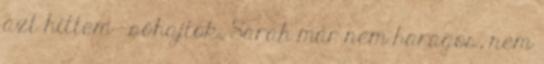
azt hittem – sóhajtok. Sarah már nem haragos, nem